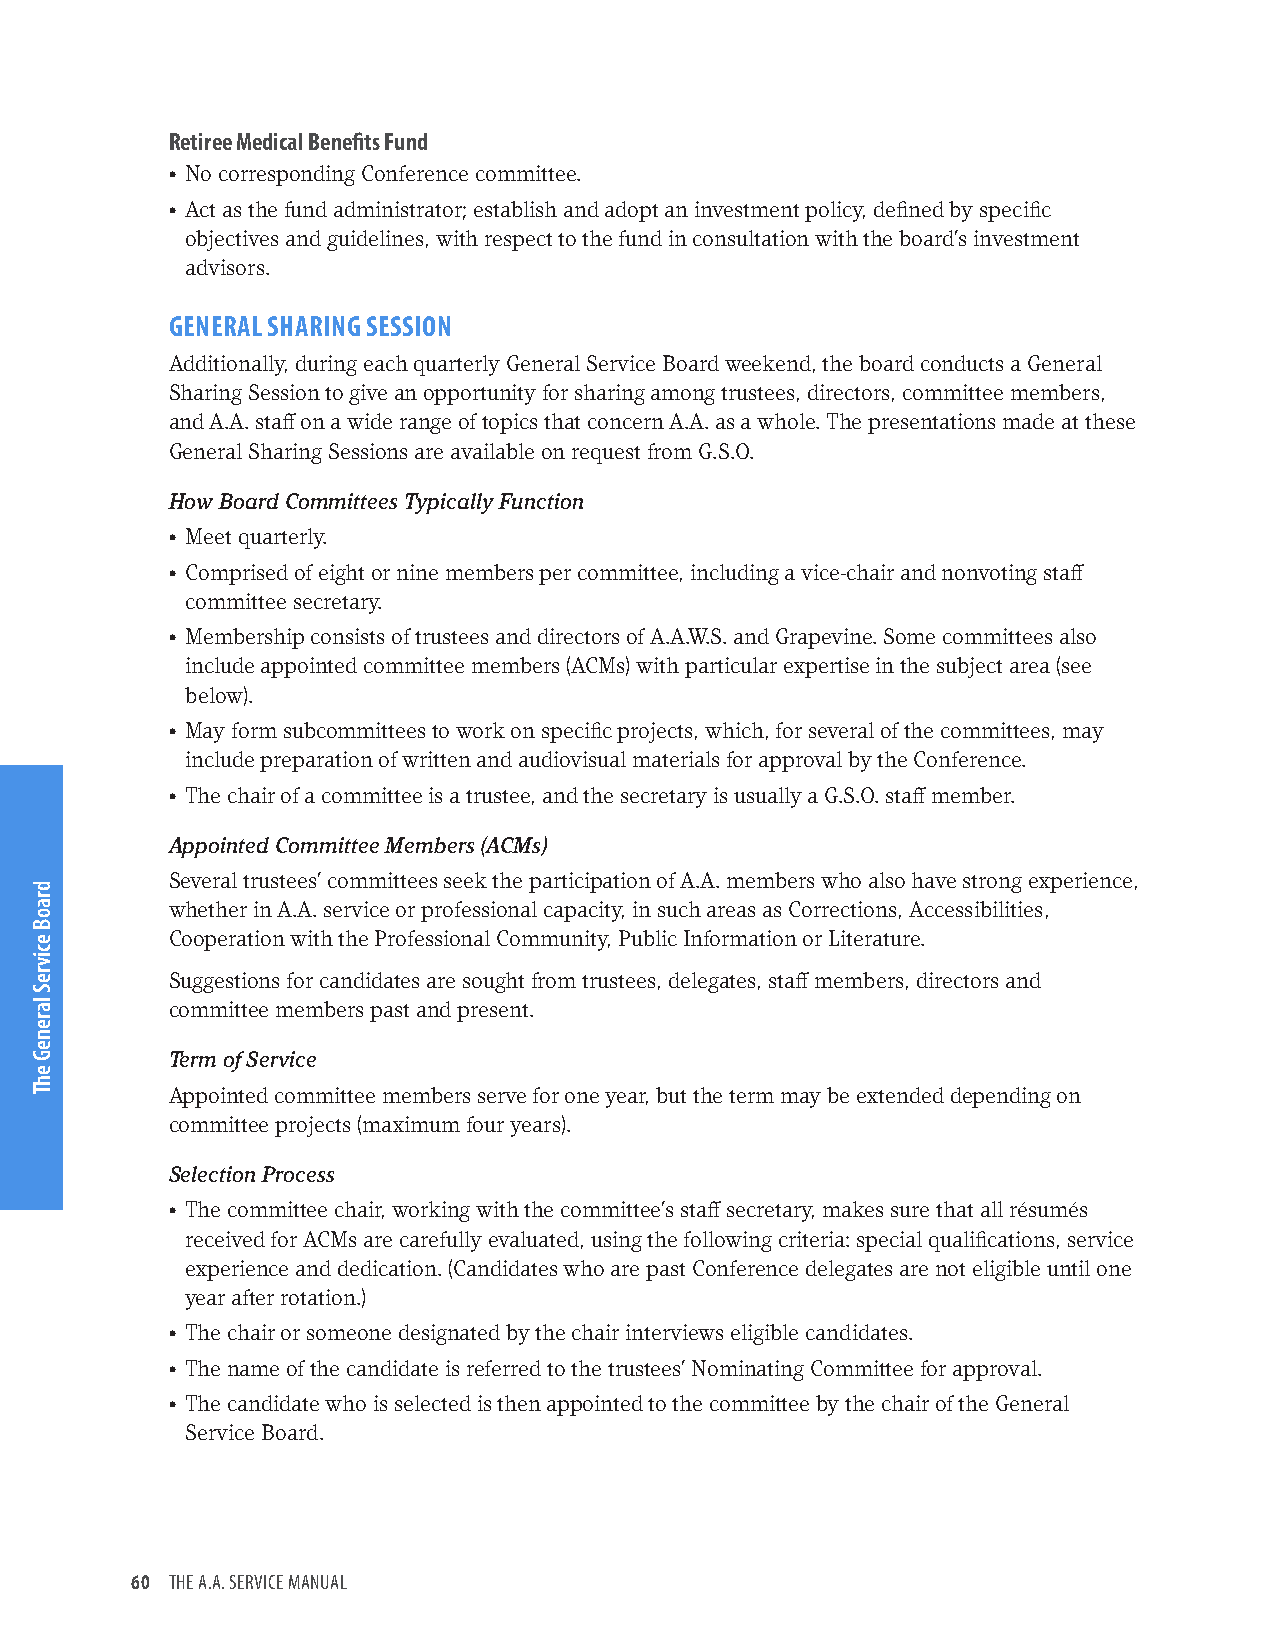
Retiree Medical Benefits Fund
 • No corresponding Conference committee.
 • Act as the fund administrator; establish and adopt an investment policy, defined by specific
 objectives and guidelines, with respect to the fund in consultation with the board’s investment
 advisors.
 GENERAL SHARING SESSION
 Additionally, during each quarterly General Service Board weekend, the board conducts a General
 Sharing Session to give an opportunity for sharing among trustees, directors, committee members,
 and A.A. staff on a wide range of topics that concern A.A. as a whole. The presentations made at these
 General Sharing Sessions are available on request from G.S.O.
 How Board Committees Typically Function
 • Meet quarterly.
 • Comprised of eight or nine members per committee, including a vice-chair and nonvoting staff
 committee secretary.
 • Membership consists of trustees and directors of A.A.W.S. and Grapevine. Some committees also
 include appointed committee members (ACMs) with particular expertise in the subject area (see
 below).
 • May form subcommittees to work on specific projects, which, for several of the committees, may
 include preparation of written and audiovisual materials for approval by the Conference.
 • The chair of a committee is a trustee, and the secretary is usually a G.S.O. staff member.
 Appointed Committee Members (ACMs)
 Several trustees’ committees seek the participation of A.A. members who also have strong experience,
 whether in A.A. service or professional capacity, in such areas as Corrections, Accessibilities,
 Cooperation with the Professional Community, Public Information or Literature.
 Suggestions for candidates are sought from trustees, delegates, staff members, directors and
 committee members past and present.
 Term of Service
 Appointed committee members serve for one year, but the term may be extended depending on
 committee projects (maximum four years).
 Selection Process
 • The committee chair, working with the committee’s staff secretary, makes sure that all résumés
 received for ACMs are carefully evaluated, using the following criteria: special qualifications, service
 experience and dedication. (Candidates who are past Conference delegates are not eligible until one
 year after rotation.)
 • The chair or someone designated by the chair interviews eligible candidates.
 • The name of the candidate is referred to the trustees’ Nominating Committee for approval.
 • The candidate who is selected is then appointed to the committee by the chair of the General
 Service Board.
 60 THE A.A. SERVICE MANUAL
 draoB
 ecivreS
 lareneG
 ehT